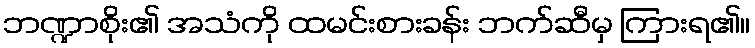
ဘဏ္ဍာစိုး၏ အသံကို ထမင်းစားခန်း ဘက်ဆီမှ ကြားရ၏။